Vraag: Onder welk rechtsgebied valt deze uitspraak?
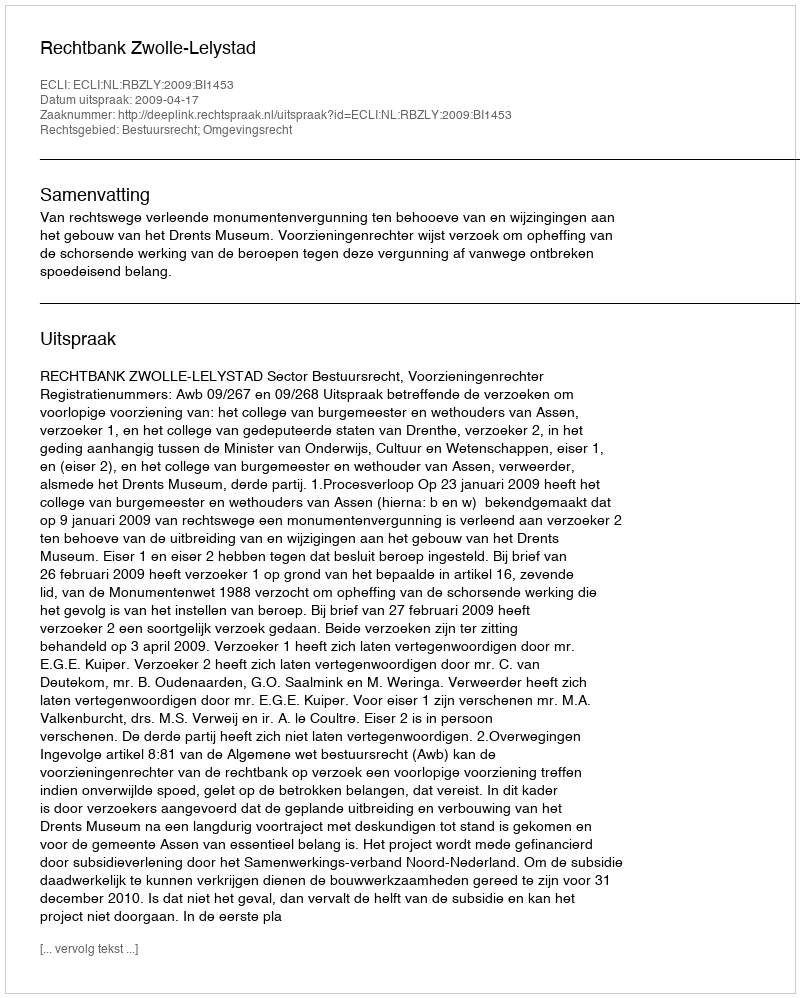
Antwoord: Bestuursrecht; Omgevingsrecht